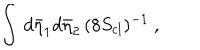
\int \, d { \bar { \eta } } _ { 1 } d { \bar { \eta } } _ { 2 } \, ( 8 S _ { \mathrm { c l } } ) ^ { - 1 } \ ,